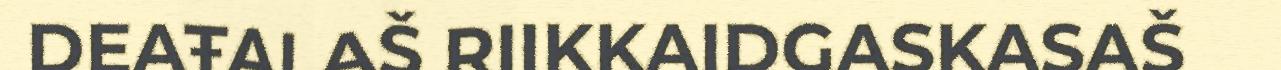
DEAŦALAŠ RIIKKAIDGASKASAŠ